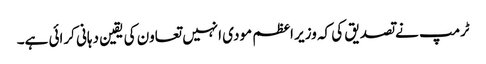
ٹرمپ نے تصدیق کی کہ وزیر اعظم مودی انہیں تعاون کی یقین دہانی کرائی ہے۔